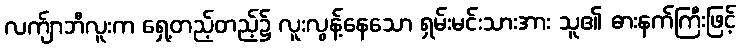
လက်ျာဘီလူးက ရှေ့တည့်တည့်၌ လူးလွန့်နေသော ရှမ်းမင်းသားအား သူ၏ ဓားနက်ကြီးဖြင့်